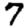
Digit: 7